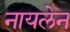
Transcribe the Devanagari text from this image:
नायलेन